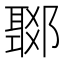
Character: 𨞟